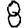
Digit: 8